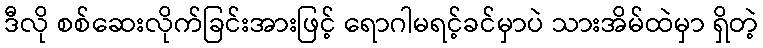
ဒီလို စစ်ဆေးလိုက်ခြင်းအားဖြင့် ရောဂါမရင့်ခင်မှာပဲ သားအိမ်ထဲမှာ ရှိတဲ့